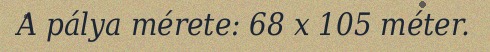
A pálya mérete: 68 x 105 méter.